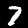
Digit: 7